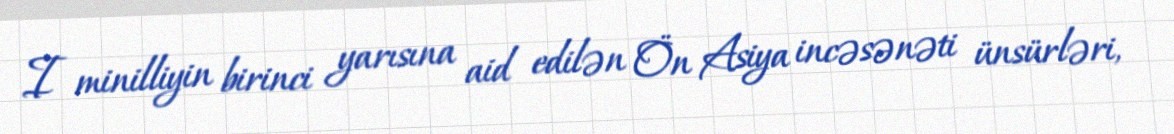
I minilliyin birinci yarısına aid edilən Ön Asiya incəsənəti ünsürləri,